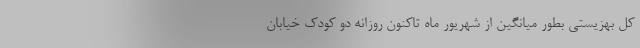
کل بهزیستی بطور میانگین از شهریور ماه تاکنون روزانه دو کودک خیابان